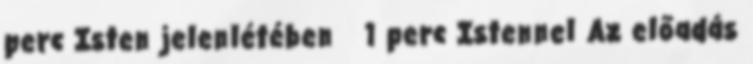
perc Isten jelenlétében 1 perc Istennel Az előadás